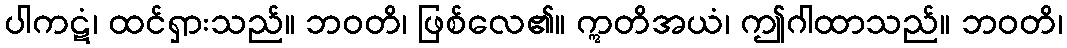
ပါကဋံ၊ ထင်ရှားသည်။ ဘဝတိ၊ ဖြစ်လေ၏။ ဣတိအယံ၊ ဤဂါထာသည်။ ဘဝတိ၊